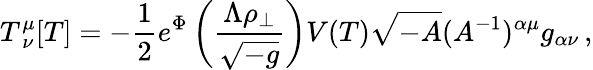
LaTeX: T_{\ \nu}^{\mu}[T]=-{\frac{1}{2}}e^{\Phi}\left({\frac{\Lambda\rho_{\perp}}{\sqrt{-g}}}\right)V(T)\sqrt{-A}(A^{-1})^{\alpha\mu}g_{\alpha\nu}\, ,